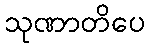
သုဏာတိပေ